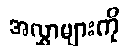
အလွှာများကို